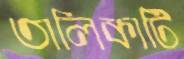
তালিকাটি